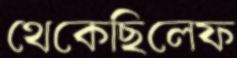
থেকেছিলেফ